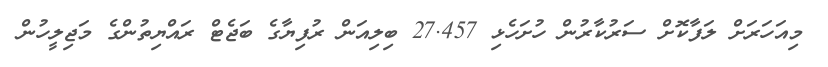
މިއަހަރަށް ލަފާކޮށް ސަރުކާރުން ހުށަހެޅި 27.457 ބިލިއަން ރުފިޔާގެ ބަޖެޓް ރައްޔިތުންގެ މަޖިލީހުން